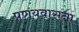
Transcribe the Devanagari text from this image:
प्रणयवासना